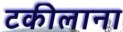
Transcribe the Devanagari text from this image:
टकीलाना